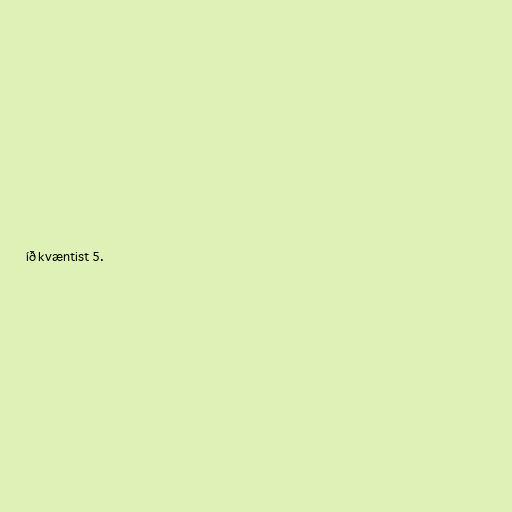
íð kvæntist 5.